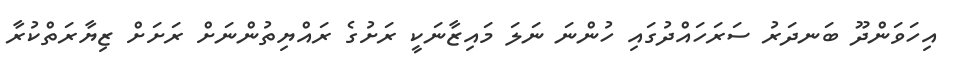
އިހަވަންދޫ ބަނދަރު ސަރަހައްދުގައި ހުންނަ ނަލަ މައިޒާނަކީ ރަށުގެ ރައްޔިތުންނަށް ރަށަށް ޒިޔާރަތްކުރާ